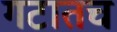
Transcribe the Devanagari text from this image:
गटातच